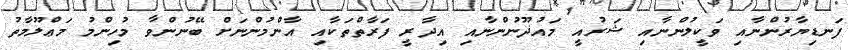
ފަނޑިޔާރުންނާއި ވަކީލުންނާއި ޝަރުއީ މައުޛޫނުންނާއި އިދާރީ ފަރާތްތަކާއި އާންމުންނަށް ބޭނުންވާ މުހިންމު މަޢްލޫމާތު